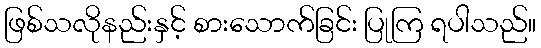
ဖြစ်သလိုနည်းနှင့် စားသောက်ခြင်း ပြုကြ ရပါသည်။